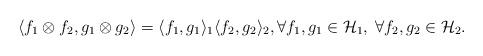
LaTeX: \begin{align*}\langle f_1 \otimes f_2, g_1 \otimes g_2 \rangle = \langle f_1,g_1\rangle_1 \langle f_2, g_2 \rangle_2, \forall f_1,g_1 \in \mathcal{H}_1, \; \forall f_2, g_2 \in \mathcal{H}_2.\end{align*}